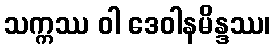
သက္ကဿ ဝါ ဒေဝါနမိန္ဒဿ၊